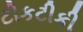
ટીકટીકી